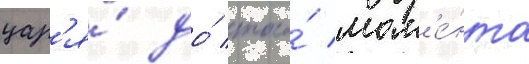
цар'я́ до́ того́ мом'е́нта